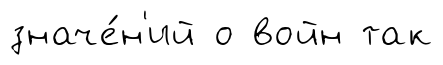
значе́н'ий о войн так